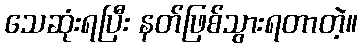
သေဆုံးရပြီး နတ်ဖြစ်သွားရတာတဲ့။